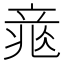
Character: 𥪐